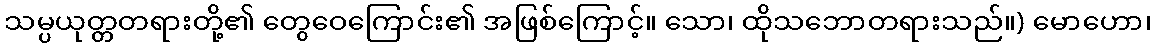
သမ္ပယုတ္တတရားတို့၏ တွေဝေကြောင်း၏ အဖြစ်ကြောင့်။ သော၊ ထိုသဘောတရားသည်။) မောဟော၊